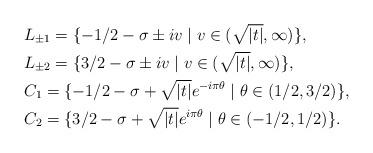
LaTeX: \begin{align*}&L_{\pm1}=\{-1/2-\sigma\pm iv \mid v\in(\sqrt{|t|},\infty)\}, \\&L_{\pm2}=\{3/2-\sigma\pm iv \mid v\in(\sqrt{|t|},\infty)\},\\&C_{1}=\{-1/2-\sigma+\sqrt{|t|}e^{-i\pi\theta} \mid \theta\in(1/2,3/2)\}, \\ &C_{2}=\{3/2-\sigma+\sqrt{|t|}e^{i\pi\theta} \mid \theta\in(-1/2,1/2)\}.\end{align*}